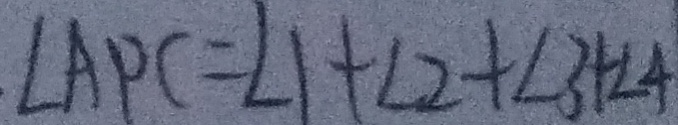
\angle A P C = \angle 1 + \angle 2 + \angle 3 + \angle 4